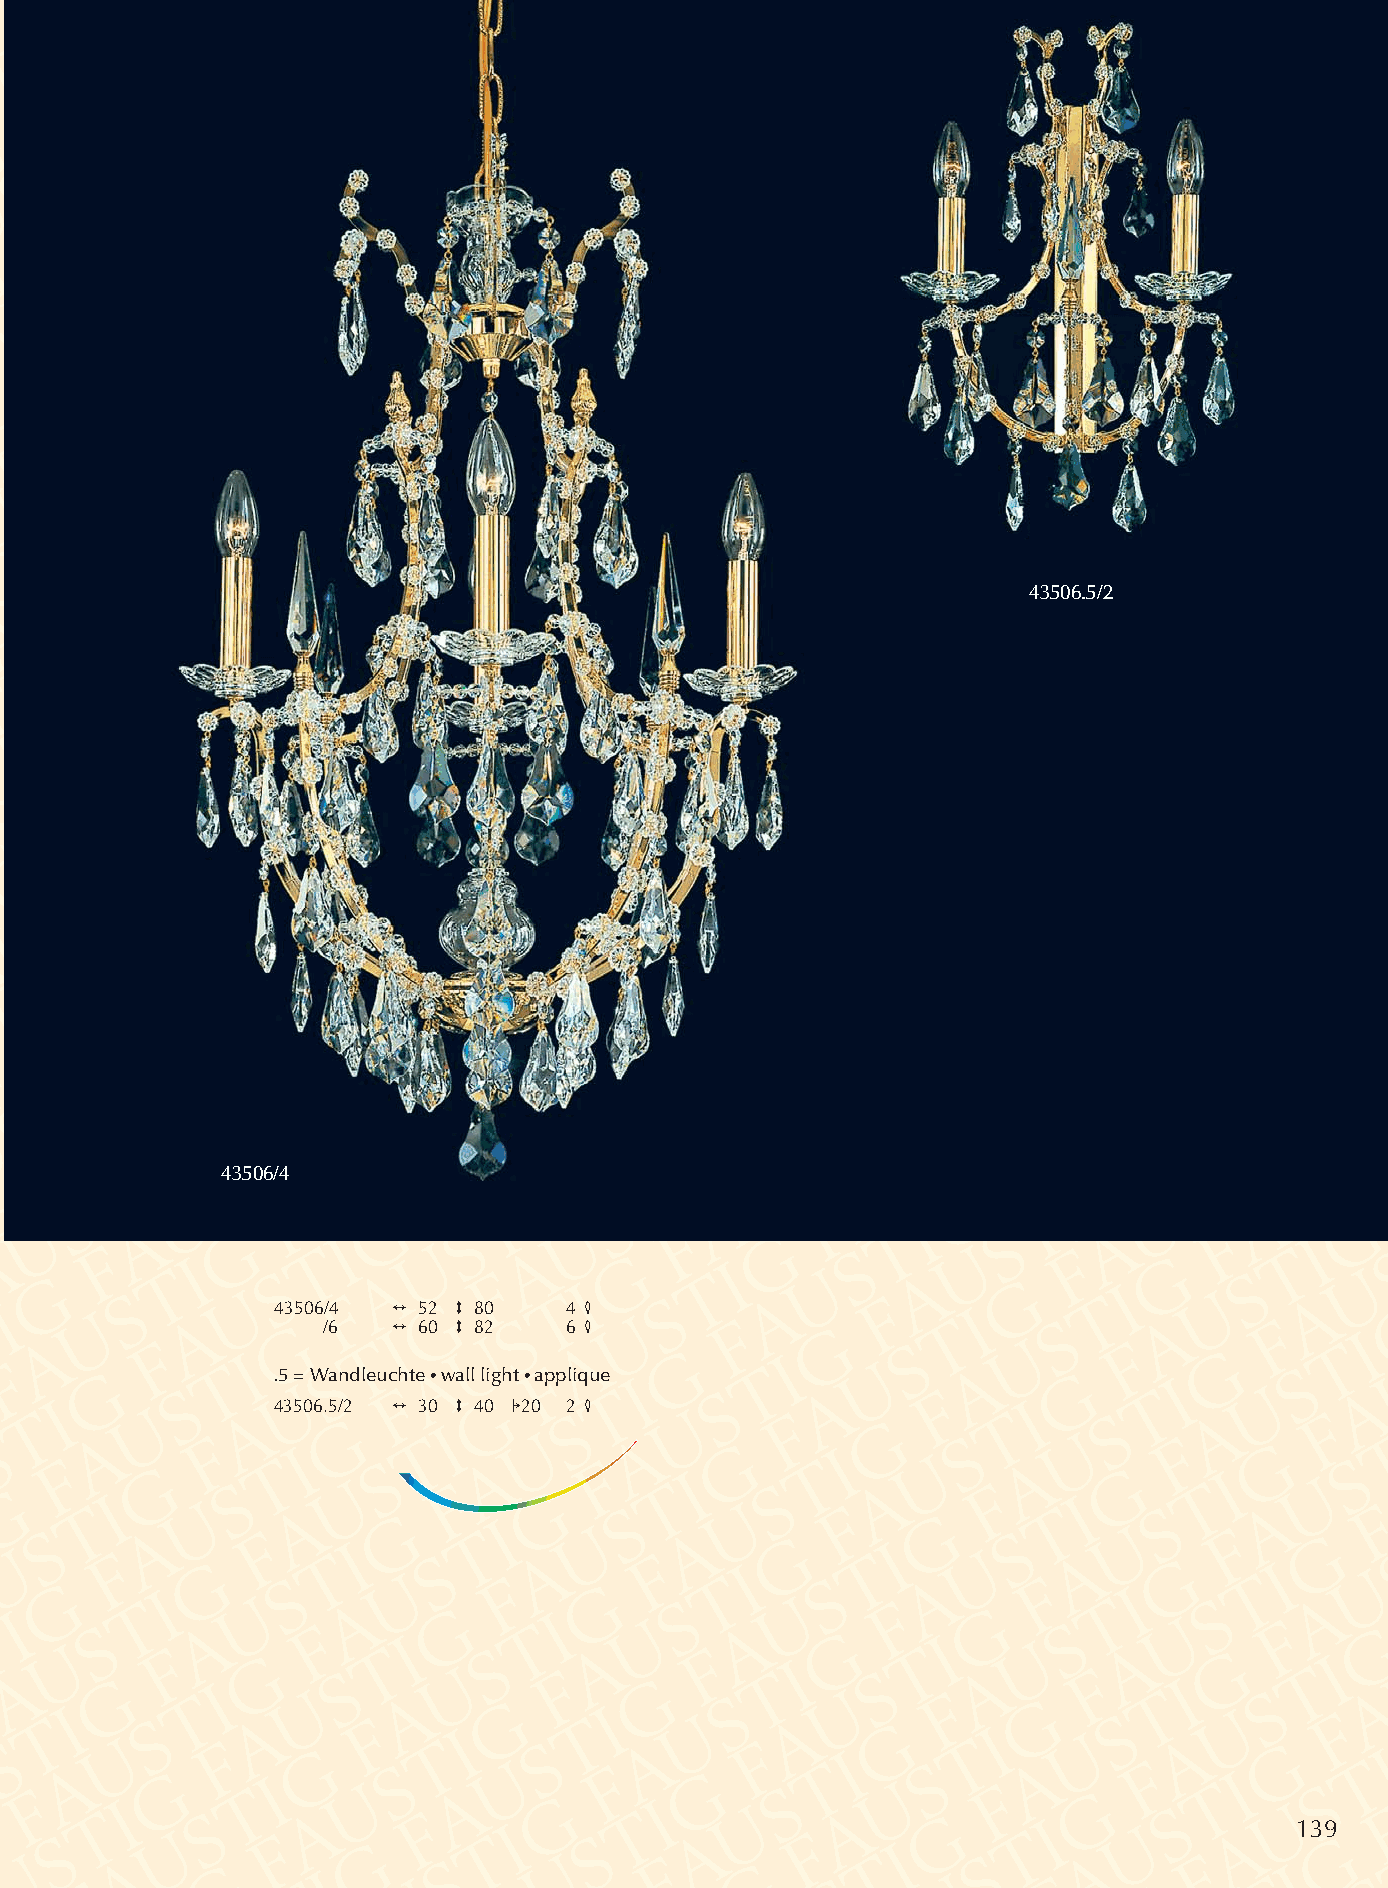
43506.5/2
 43506/4
 43506/4 2 52 3 80  4 4
 /6   2 60 3 82  6 4
 .5 = Wandleuchte •wall light •applique
 43506.5/2 2 30 3 40 120 2 4
 139